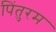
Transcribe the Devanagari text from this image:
पिंतुरम